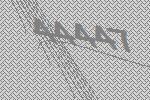
44447